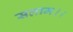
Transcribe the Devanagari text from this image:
सलाम।।